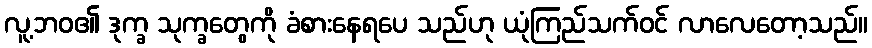
လူ့ဘဝ၏ ဒုက္ခ သုက္ခတွေကို ခံစားနေရပေ သည်ဟု ယုံကြည်သက်ဝင် လာလေတော့သည်။